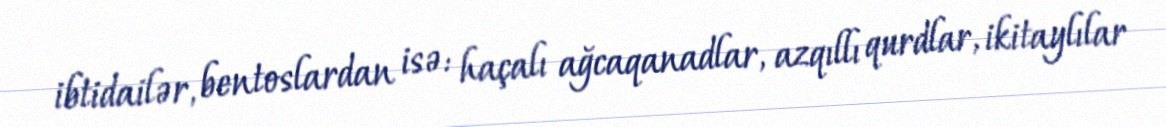
ibtidailər, bentoslardan isə: haçalı ağcaqanadlar, azqıllı qurdlar, ikitaylılar